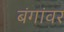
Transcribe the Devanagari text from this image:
बंगांवर